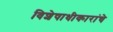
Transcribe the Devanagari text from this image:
विशेषाधीकारांचे